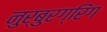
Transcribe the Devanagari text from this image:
नुर्बुरग्रिंग